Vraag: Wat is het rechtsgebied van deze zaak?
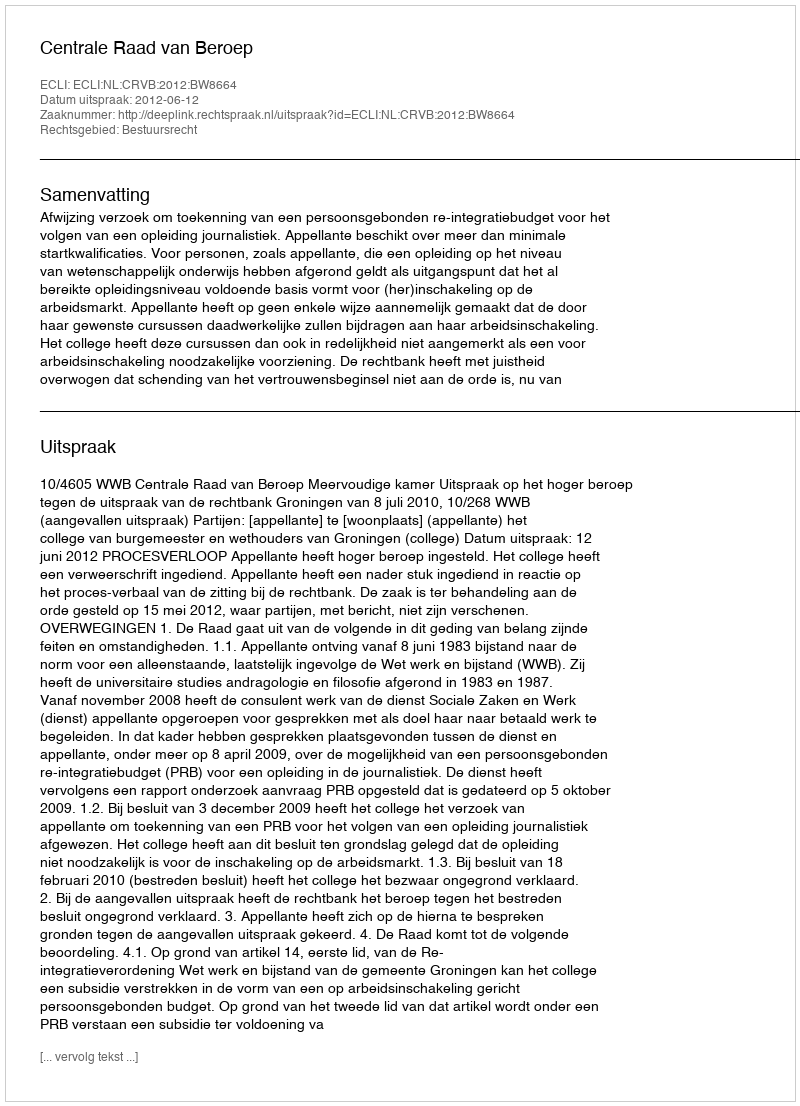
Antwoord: Bestuursrecht